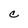
Character: c